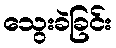
သွေးခဲခြင်း